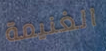
الغنيمة